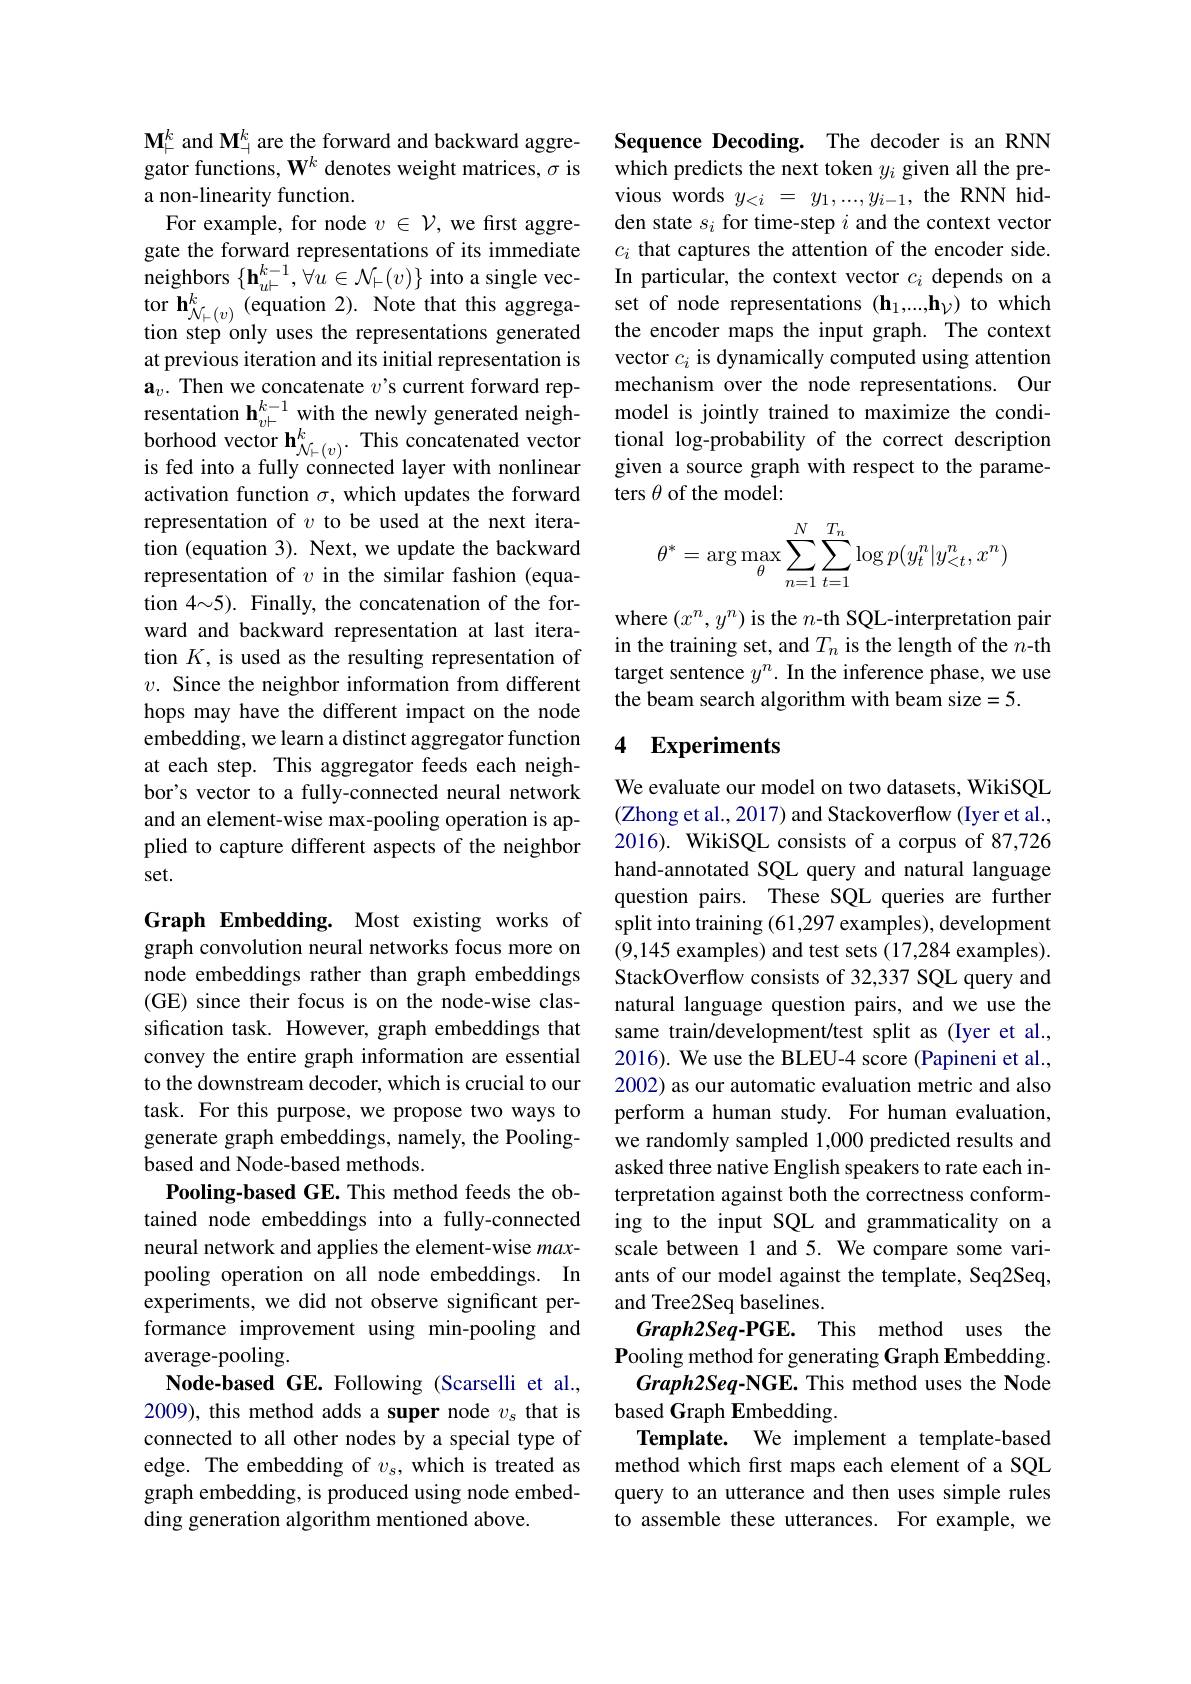
a non-linearity function.
For example, for node $v\in\mathcal{V}$,we first aggregate the forward representations of its immediate neighbors $\{\mathbf{h}_{u\vdash}^{k-1},\forall u\in\mathcal{N}_{\vdash}(v)\}$ into a single vecat previous iteration and its initial representation is $\mathbf{a}_v.$ Then we concatenate $v’$s current forward representation h$_v\vdash^{k-1}$ with the newly generated neigh- $\begin{array}{l}{\text{borhood vector h}_{\mathcal{N}_{\vdash(v)}}^{k}.\text{This concatenated vector}}\\{\text{is fed into a fully connected layer with nonlinear}}\end{array}$ activation function $\sigma$, which updates the forward representation of $v$ to be used at the next iteration (equation 3). Next, we update the backward representation of $v$ in the similar fashion (equation $4{\sim}5).$ Finally, the concatenation of the forward and backward representation at last iteration $K$, is used as the resulting representation of $v.$ Since the neighbor information from different hops may have the different impact on the node embedding, we learn a distinct aggregator function at each step. This aggregator feeds each neighbor's vector to a fully-connected neural network and an element-wise max-pooling operation is applied to capture different aspects of the neighbor set.

Graph Embedding. Most existing works of graph convolution neural networks focus more on node embeddings rather than graph embeddings (GE) since their focus is on the node-wise classification task. However, graph embeddings that convey the entire graph information are essential to the downstream decoder, which is crucial to our task. For this purpose, we propose two ways to generate graph embeddings, namely, the Poolingbased and Node-based methods.
Pooling-based GE. This method feeds the obtained node embeddings into a fully-connected neural network and applies the element-wise maxpooling operation on all node embeddings. In experiments, we did not observe significant performance improvement using min-pooling and average-pooling.
Node-based GE. Following (Scarselli et al., 2009), this method adds a super node $v_s$ that is connected to all other nodes by a special type of edge. The embedding of $v_s$, which is treated as graph embedding, is produced using node embedding generation algorithm mentioned above.

$\mathbf{M}_{+}^{k}$ and $\mathbf{M}_{+}^{k}$ are the forward and backward aggre- Sequence Decoding. The decoder is an RNN gator functions, $\mathbf{W}^{k}$ denotes weight matrices, $\sigma$ is which predicts the next token $y_i$ given all the pre-
vious words $y_{<i}=y_1,...,y_{i-1}$, the RNN hidden state $s_i$ for time-step $i$ and the context vector $c_i$ that captures the attention of the encoder side. In particular, the context vector $c_i$ depends on a
tor h$_{\mathcal{N}_{\vdash}(v)}^{k}$(equation 2). Note that this aggrega- set of node representations (h$_1,...,\mathbf{h}_{\mathcal{V}})$ to which tion steponly uses the representations generated the encoder maps the input graph. The context
vector $c_i$ is dynamically computed using attention mechanism over the node representations. Our model is jointly trained to maximize the conditional log-probability of the correct description given a source graph with respect to the parameters $\theta$ of the model:
$$\theta^*=\arg\max\limits_{\theta}\sum\limits_{n=1}^{N}\sum\limits_{t=1}^{T_n}\log p(y_t^n|y_{<t}^n,x^n)$$
where $(x^n,y^n)$ is the $n$-th SQL-interpretation pair in the training set, and $T_n$ is the length of the $n$-th target sentence $y^n. \textbf{In the inference phase, we use}$ the beam search algorithm with beam size=5.

## 4 Experiments

We evaluate our model on two datasets, WikiSQL (Zhong et al., 2017) and Stackoverflow (Iyer et al., 2016). WikiSQL consists of a corpus of 87,726 hand-annotated SQL query and natural language question pairs. These SQL queries are further split into training (61,297 examples), development (9,145 examples) and test sets (17,284 examples). StackOverflow consists of 32,337 SQL query and natural language question pairs, and we use the same train/development/test split as (Iyer et al., 2016). We use the BLEU-4 score (Papineni et al., 2002) as our automatic evaluation metric and also perform a human study. For human evaluation, we randomly sampled 1,000 predicted results and asked three native English speakers to rate each interpretation against both the correctness conforming to the input SQL and grammaticality on a scale between 1 and 5. We compare some variants of our model against the template, Seq2Seq, and Tree2Seq baselines.
Graph2Seq-PGE. This method uses the Pooling method for generating Graph Embedding.
Graph2Seq-NGE. This method uses the Node
based Graph Embedding.
Template. We implement a template-based method which frst maps each element of a SQL query to an utterance and then uses simple rules to assemble these utterances. For example, we